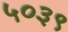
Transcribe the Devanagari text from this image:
५०३९